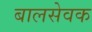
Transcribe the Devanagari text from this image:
बालसेवक